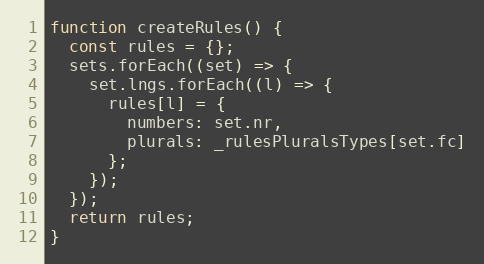
Language: JavaScript
function createRules() {
  const rules = {};
  sets.forEach((set) => {
    set.lngs.forEach((l) => {
      rules[l] = {
        numbers: set.nr,
        plurals: _rulesPluralsTypes[set.fc]
      };
    });
  });
  return rules;
}